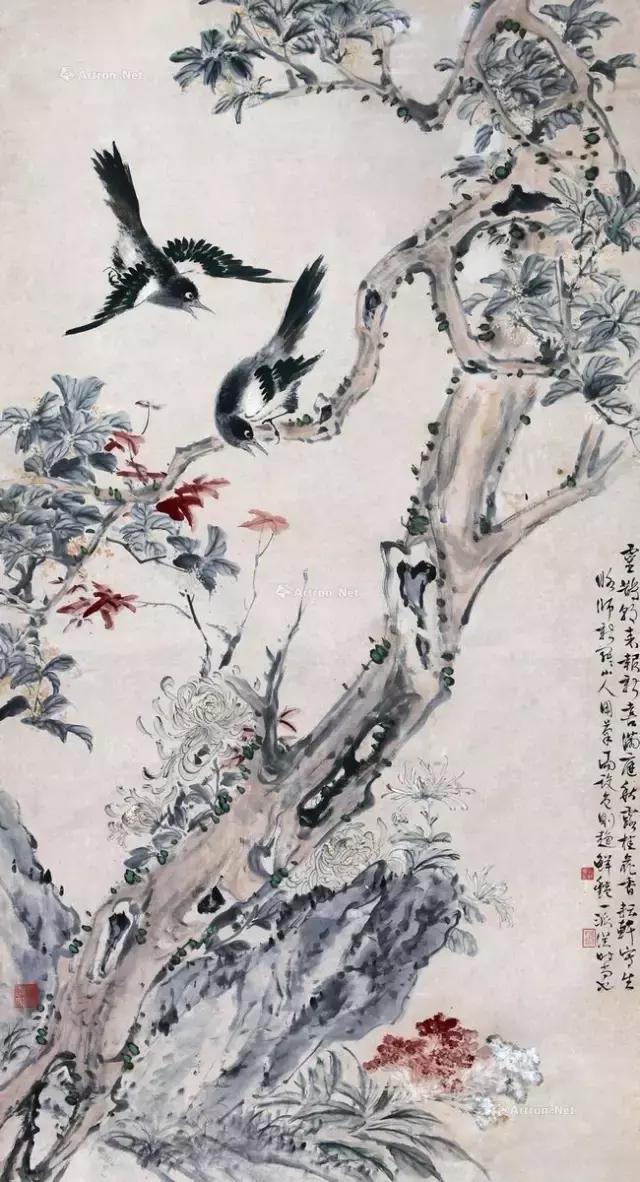
如丝苣甲饤春盘，韭叶金黄雪未干。